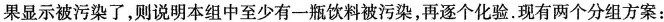
果显示被污染了，则说明本组中至少有一瓶饮料被污染，再逐个化验。现有两个分组方案：